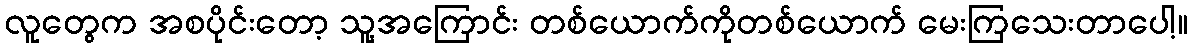
လူတွေက အစပိုင်းတော့ သူ့အကြောင်း တစ်ယောက်ကိုတစ်ယောက် မေးကြသေးတာပေါ့။